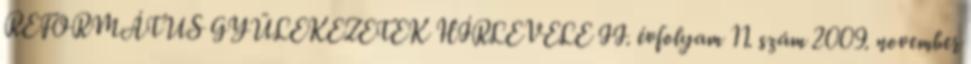
REFORMÁTUS GYÜLEKEZETEK HÍRLEVELE II. évfolyam 11. szám 2009. november